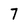
Character: 7